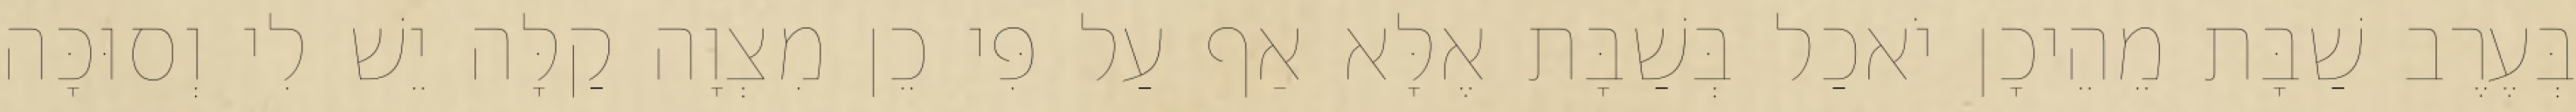
בְּעֶרֶב שַׁבָּת מֵהֵיכָן יֹאכַל בְּשַׁבָּת אֶלָּא אַף עַל פִּי כֵן מִצְוָה קַלָּה יֵשׁ לִי וְסוּכָּה